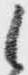
候